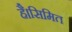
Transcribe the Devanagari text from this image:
है।सिमित